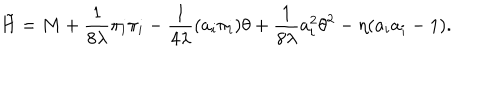
\tilde { H } = M + \frac { 1 } { 8 \lambda } \pi _ { i } \pi _ { i } - \frac { 1 } { 4 \lambda } ( a _ { i } \pi _ { i } ) \theta + \frac { 1 } { 8 \lambda } a _ { i } ^ { 2 } \theta ^ { 2 } - \eta ( a _ { i } a _ { i } - 1 ) .